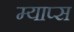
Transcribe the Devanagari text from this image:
म्याप्स